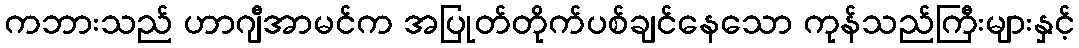
ကဘားသည် ဟာဂျီအာမင်က အပြုတ်တိုက်ပစ်ချင်နေသော ကုန်သည်ကြီးများနှင့်